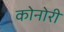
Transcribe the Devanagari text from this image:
कोनोरी